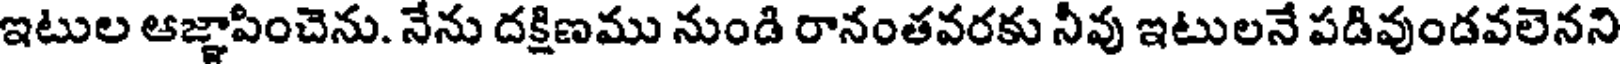
ఇటుల ఆజ్ఞాపించెను. నేను దక్షిణము నుండి రానంతవరకు నీవు ఇటులనే పడివుండవలెనని